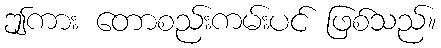
ဤကား တောစည်းကမ်းပင် ဖြစ်သည်။